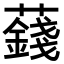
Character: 𧂂